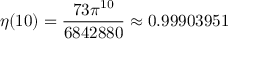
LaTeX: \eta ( 1 0 ) = { \frac { 7 3 \pi ^ { 1 0 } } { 6 8 4 2 8 8 0 } } \approx 0 . 9 9 9 0 3 9 5 1